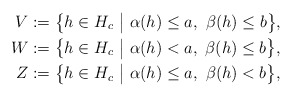
\begin{align*}V & :=\big\{ h\in H_c\ \big|\ \alpha(h)\leq a,\ \beta(h)\leq b \big\},\\W & :=\big\{ h\in H_c\ \big|\ \alpha(h)< a,\ \beta(h)\leq b \big\},\\Z & :=\big\{ h\in H_c\ \big|\ \alpha(h)\leq a,\ \beta(h)< b \big\},\end{align*}